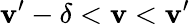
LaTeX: \mathbf{v}^{\prime}-\delta<\mathbf{v}<\mathbf{v}^{\prime}